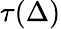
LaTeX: \tau(\Delta)